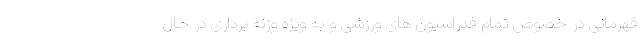
قهرمانی در خصوص تمام فدراسیون های ورزشی و به ویژه وزنه برداری در حال